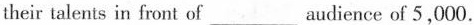
their talents in front of___audience of 5,000.